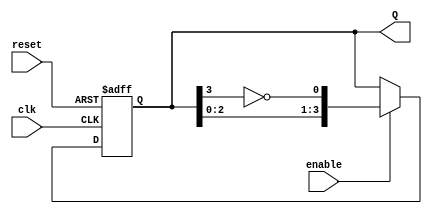
module JohnsonCounter #(
    parameter N = 4  // You can change N to any desired size
) (
    input wire clk,       // Clock signal
    input wire reset,     // Asynchronous reset signal
    input wire enable,    // Clock enable signal
    output reg [N-1:0] Q // Output of the counter
);

    always @(posedge clk or posedge reset) begin
        if (reset) begin
            Q <= {N{1'b0}}; // Initialize all flip-flops to 0 on reset
        end else if (enable) begin
            Q <= {Q[N-2:0], ~Q[N-1]}; // Shift and invert the last flip-flop
        end
    end

endmodule